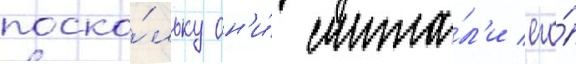
поско́льку он'и́ счита́л'и его́